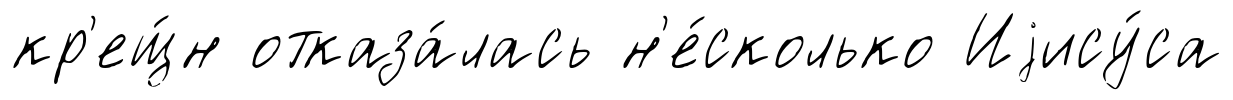
кр'ещ́н отказа́лась н'е́сколько Иjису́са